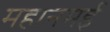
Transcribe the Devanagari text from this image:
महानमई